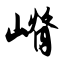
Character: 嵴